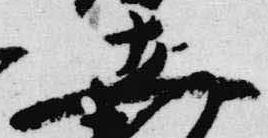
在